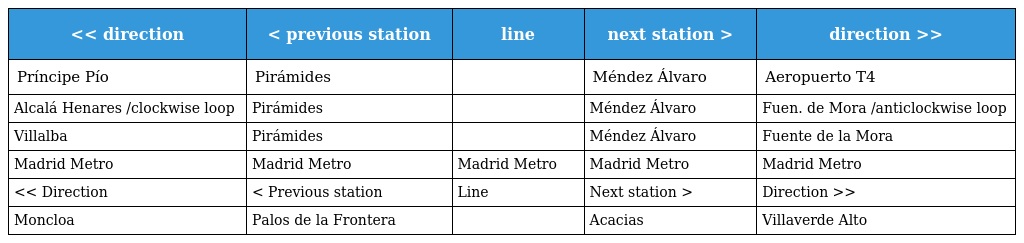
| << direction | < previous station | line | next station > | direction >> |
 | --- | --- | --- | --- | --- |
 | Príncipe Pío | Pirámides |  | Méndez Álvaro | Aeropuerto T4 |
 | Alcalá Henares /clockwise loop | Pirámides |  | Méndez Álvaro | Fuen. de Mora /anticlockwise loop |
 | Villalba | Pirámides |  | Méndez Álvaro | Fuente de la Mora |
 | Madrid Metro | Madrid Metro | Madrid Metro | Madrid Metro | Madrid Metro |
 | << Direction | < Previous station | Line | Next station > | Direction >> |
 | Moncloa | Palos de la Frontera |  | Acacias | Villaverde Alto |